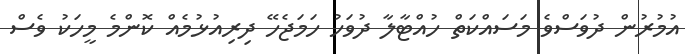
އުމުރުން ދުވަސްވެ މަސައްކަތް ހުއްޓާލާ ދުވަހު ހަމަޖެހޭ ދިރިއުޅުމެއް ކޮންމެ މީހަކު ވެސް